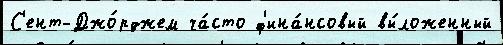
С'ент-Джо́рджем ча́сто ф'ина́нсовый вы́ложенный